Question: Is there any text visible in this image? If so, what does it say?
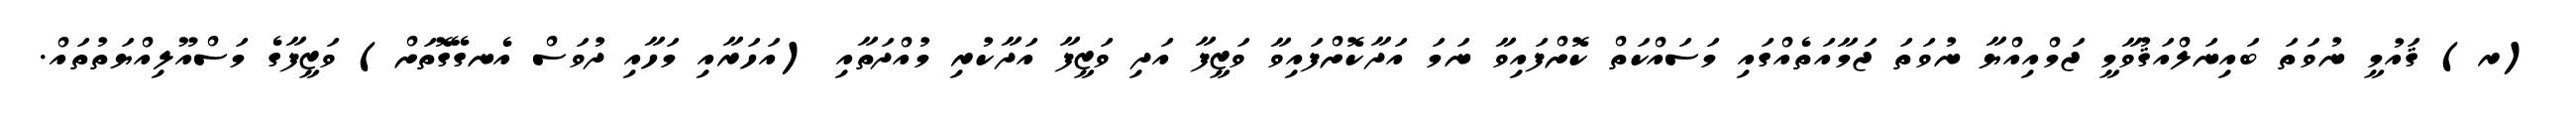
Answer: (ރ) ޤައުމީ ނުވަތަ ބައިނަލްއަޤުވާމީ ޖަމްއިއްޔާ ނުވަތަ ޖަމާއަތެއްގައި މަސައްކަތް ކޮށްފައިވާ ނަމަ އަދާކޮށްފައިވާ ވަޒީފާ އަދި ވަޒީފާ އަދާކުރި މުއްދަތާއި (އަހަރާއި މަހާއި ދުވަސް އެނގޭގޮތަށް) ވަޒީފާގެ މަސްއޫލިއްޔަތުތައް.